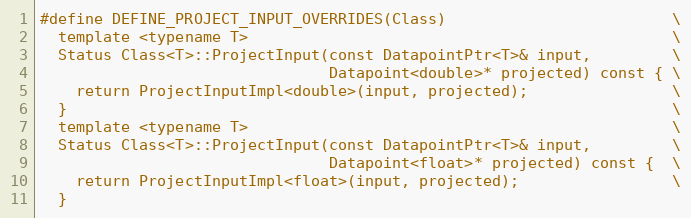
Language: C
#define DEFINE_PROJECT_INPUT_OVERRIDES(Class)                         \
  template <typename T>                                               \
  Status Class<T>::ProjectInput(const DatapointPtr<T>& input,         \
                                Datapoint<double>* projected) const { \
    return ProjectInputImpl<double>(input, projected);                \
  }                                                                   \
  template <typename T>                                               \
  Status Class<T>::ProjectInput(const DatapointPtr<T>& input,         \
                                Datapoint<float>* projected) const {  \
    return ProjectInputImpl<float>(input, projected);                 \
  }